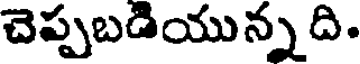
చెప్పబడియున్నది.